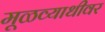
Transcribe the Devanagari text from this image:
मूळव्याधीवर